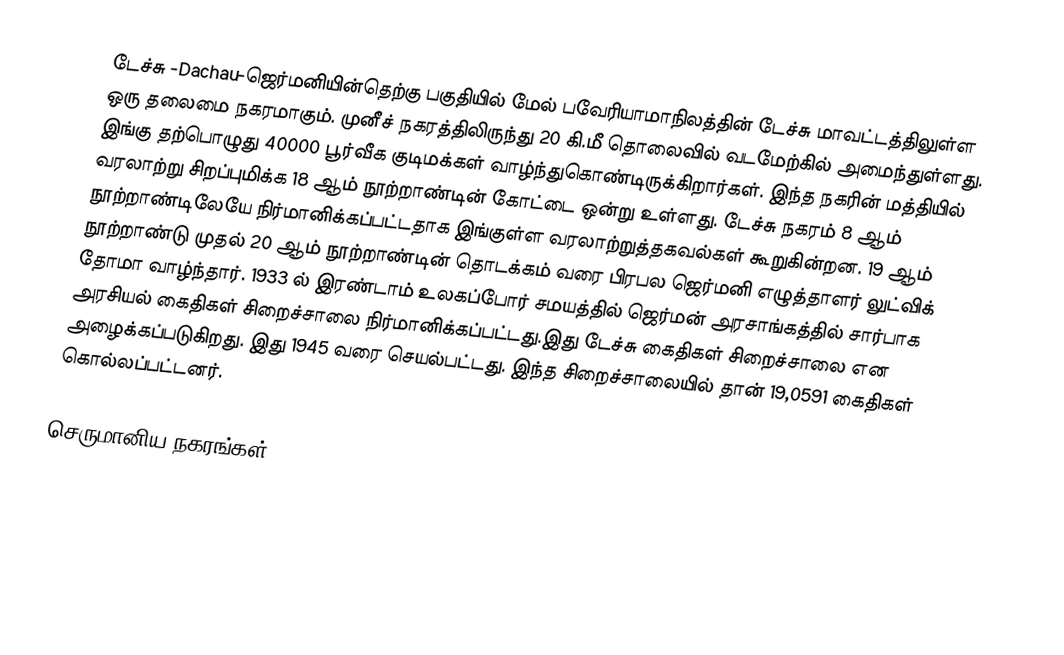
டேச்சு -Dachau-ஜெர்மனியின்தெற்கு பகுதியில் மேல் பவேரியாமாநிலத்தின் டேச்சு மாவட்டத்திலுள்ள ஒரு தலைமை நகரமாகும். முனீச் நகரத்திலிருந்து 20 கி.மீ தொலைவில் வடமேற்கில் அமைந்துள்ளது. இங்கு தற்பொழுது 40000 பூர்வீக குடிமக்கள் வாழ்ந்துகொண்டிருக்கிறார்கள். இந்த நகரின் மத்தியில் வரலாற்று சிறப்புமிக்க 18 ஆம் நூற்றாண்டின் கோட்டை ஒன்று உள்ளது. டேச்சு நகரம் 8 ஆம் நூற்றாண்டிலேயே நிர்மானிக்கப்பட்டதாக இங்குள்ள வரலாற்றுத்தகவல்கள் கூறுகின்றன. 19 ஆம் நூற்றாண்டு முதல் 20 ஆம் நூற்றாண்டின் தொடக்கம் வரை பிரபல ஜெர்மனி எழுத்தாளர் லுட்விக் தோமா வாழ்ந்தார். 1933 ல் இரண்டாம் உலகப்போர் சமயத்தில் ஜெர்மன் அரசாங்கத்தில் சார்பாக அரசியல் கைதிகள் சிறைச்சாலை நிர்மானிக்கப்பட்டது.இது டேச்சு கைதிகள் சிறைச்சாலை என அழைக்கப்படுகிறது. இது 1945 வரை செயல்பட்டது. இந்த சிறைச்சாலையில் தான் 19,0591 கைதிகள் கொல்லப்பட்டனர்.

செருமானிய நகரங்கள்